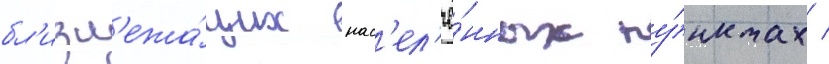
бл'изл'ежа́щих нас'ел'ё́нных пу́нктах /